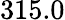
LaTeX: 315.0